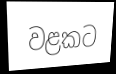
වළකට